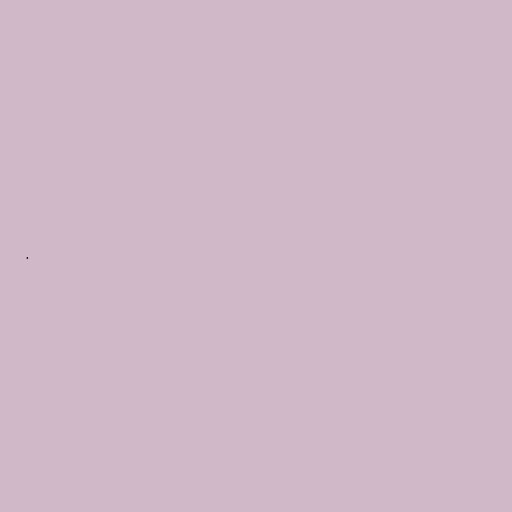
.